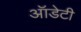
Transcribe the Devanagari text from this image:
ऑडेटी